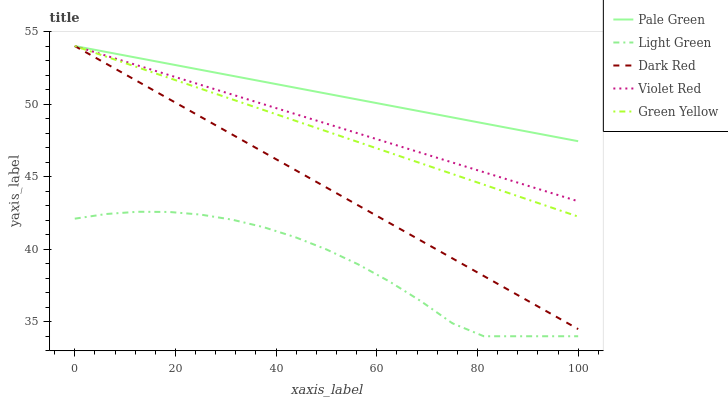
| xaxis_label | Pale Green | Light Green | Dark Red | Violet Red | Green Yellow |
 | --- | --- | --- | --- | --- | --- |
 | 0 | 54 | 42.1 | 54 | 54 | 54 |
 | 6.25 | 53.6 | 42.4 | 52.8 | 53.3 | 53.3 |
 | 12.5 | 53.2 | 42.6 | 51.6 | 52.7 | 52.5 |
 | 18.8 | 52.8 | 42.6 | 50.3 | 52 | 51.8 |
 | 25 | 52.4 | 42.4 | 49.1 | 51.3 | 51.1 |
 | 31.2 | 52 | 42 | 47.9 | 50.7 | 50.3 |
 | 37.5 | 51.5 | 41.5 | 46.7 | 50 | 49.6 |
 | 43.8 | 51.1 | 40.8 | 45.5 | 49.3 | 48.9 |
 | 50 | 50.7 | 40 | 44.2 | 48.7 | 48.1 |
 | 56.2 | 50.3 | 39 | 43 | 48 | 47.4 |
 | 62.5 | 49.9 | 37.8 | 41.8 | 47.3 | 46.7 |
 | 68.8 | 49.5 | 36.4 | 40.6 | 46.6 | 45.9 |
 | 75 | 49.1 | 34.9 | 39.4 | 46 | 45.2 |
 | 81.2 | 48.7 | 34 | 38.2 | 45.3 | 44.4 |
 | 87.5 | 48.3 | 34 | 36.9 | 44.6 | 43.7 |
 | 93.8 | 47.9 | 34 | 35.7 | 44 | 43 |
 | 100 | 47.4 | 34 | 34.5 | 43.3 | 42.2 |